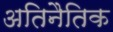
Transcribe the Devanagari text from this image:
अतिनैतिक